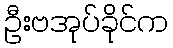
ဦးဗအုပ်ခိုင်က